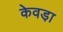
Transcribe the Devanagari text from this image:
केवडा़